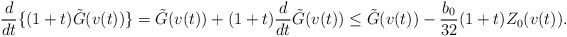
LaTeX: \begin{align*}\frac{d}{dt} \{ (1+t) \tilde{G}(v(t)) \} = \tilde{G}(v(t)) + (1+t) \frac{d}{dt} \tilde{G}(v(t)) \leq \tilde{G}(v(t)) - \frac{b_0}{32} (1+t) Z_0 (v(t)).\end{align*}